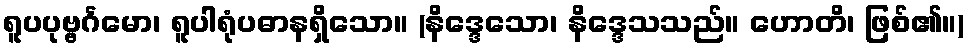
ရူပပုဗ္ဗင်္ဂမော၊ ရူပါရုံပဓာနရှိသော။ (နိဒ္ဒေသော၊ နိဒ္ဒေသသည်။ ဟောတိ၊ ဖြစ်၏။)